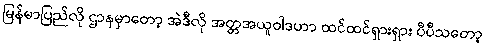
မြန်မာပြည်လို ဌာနမှာတော့ အဲဒီလို အတ္တအယူဝါဒဟာ ထင်ထင်ရှားရှား ပီပီသတော့